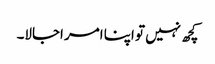
کچھ نہیں تو اپنا امر اجالا۔